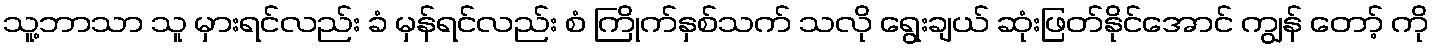
သူ့ဘာသာ သူ မှားရင်လည်း ခံ မှန်ရင်လည်း စံ ကြိုက်နှစ်သက် သလို ရွေးချယ် ဆုံးဖြတ်နိုင်အောင် ကျွန် တော့် ကို